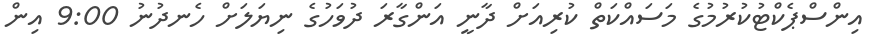
އިންސްޕެކްޓުކުރުމުގެ މަސައްކަތް ކުރިއަށް ދާނީ އަންގާރަ ދުވަހުގެ ނިޔަލަށް ހެނދުނު 9:00 އިން